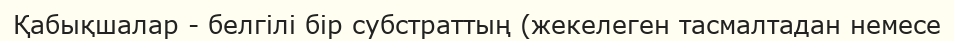
Қабықшалар - белгілі бір субстраттың (жекелеген тасмалтадан немесе